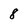
Character: 8